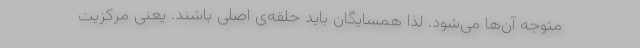
متوجه آن‌ها می‌شود. لذا همسایگان باید حلقه‌ی اصلی باشند. یعنی مرکزیت